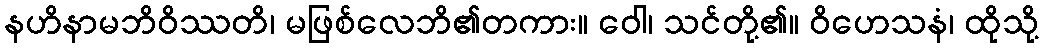
နဟိနာမဘိဝိဿတိ၊ မဖြစ်လေဘိ၏တကား။ ဝေါ၊ သင်တို့၏။ ဝိဟေသနံ၊ ထိုသို့